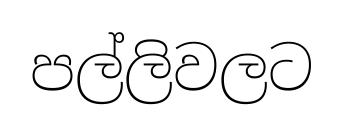
පල්ලිවලට